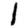
Digit: 1